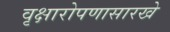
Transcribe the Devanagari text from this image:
वृक्षारोपणासारखे